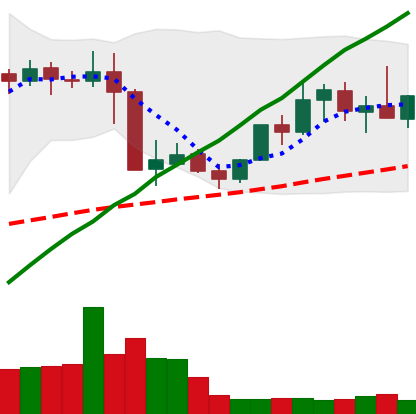
Ticker: XMR-USD
Chart end date: 2019-05-08
Forward return: 17.567%
Label: up_7plus